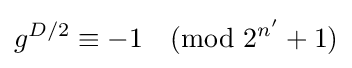
g^{D/2}\equiv -1{\pmod {2^{n'}+1}}